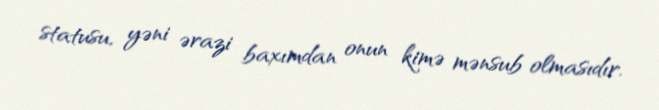
statusu, yəni ərazi baxımdan onun kimə mənsub olmasıdır.